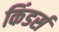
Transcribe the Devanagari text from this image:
किंडर्स